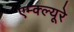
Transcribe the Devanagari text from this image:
एम्क्ल्यूरे